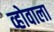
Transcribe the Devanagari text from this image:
व्होवाला